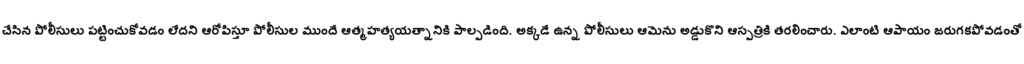
చేసిన పోలీసులు పట్టించుకోవడం లేదని ఆరోపిస్తూ పోలీసుల ముందే ఆత్మహత్యయత్నానికి పాల్పడింది. అక్కడే ఉన్న పోలీసులు ఆమెను అడ్డుకొని ఆస్పత్రికి తరలించారు. ఎలాంటి ఆపాయం జరుగకపోవడంతో